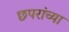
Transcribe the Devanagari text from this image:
छपरांच्या